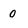
Character: 0